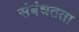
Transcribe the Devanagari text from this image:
संबंधतता